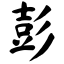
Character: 彭